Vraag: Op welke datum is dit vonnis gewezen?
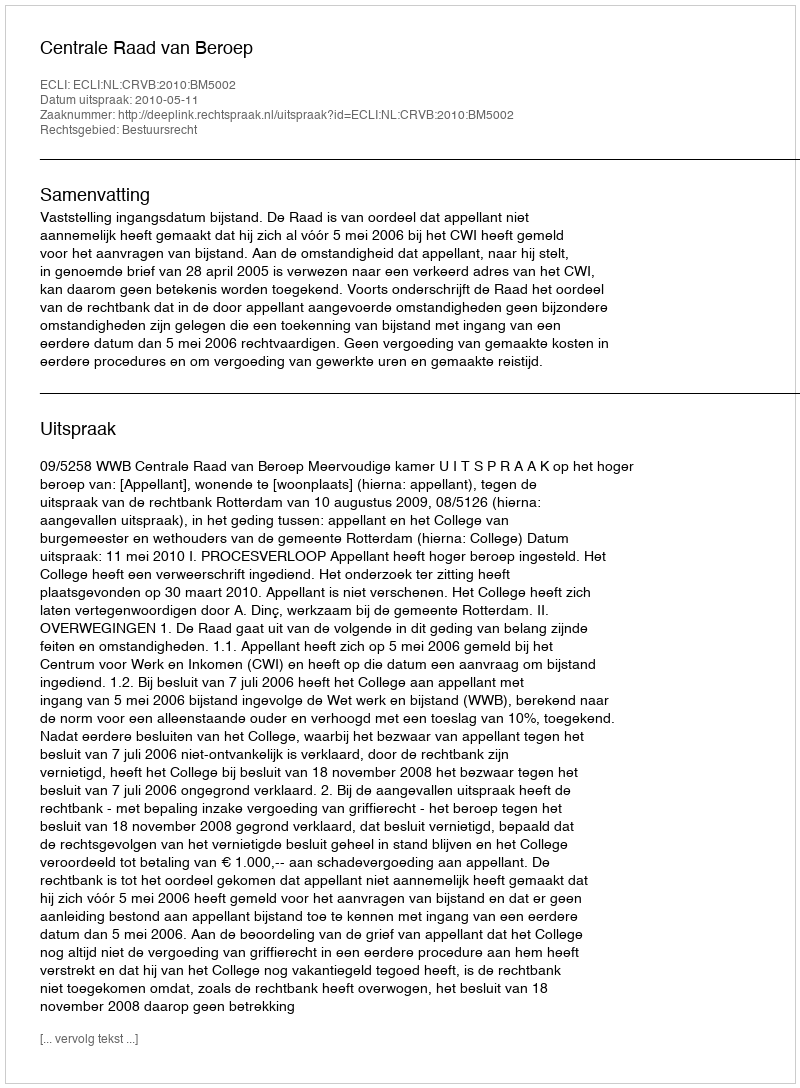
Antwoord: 2010-05-11